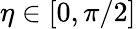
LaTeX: \eta\in[0,\pi/2]